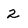
Character: 2